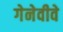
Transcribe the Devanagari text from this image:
गेनेवीवे